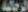
الرجالية